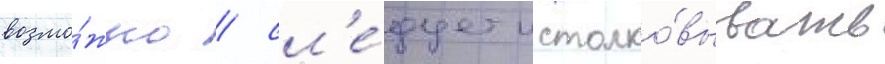
возмо́жно / сл'е́дует истолко́вывать